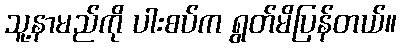
သူ့နာမည်ကို ပါးစပ်က ရွတ်မိပြန်တယ်။